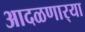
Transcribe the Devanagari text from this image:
आदळणार्‍या